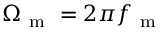
\Omega _ { \mathrm { ~ m ~ } } = 2 \pi f _ { \mathrm { ~ m ~ } }